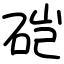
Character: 硙